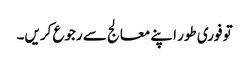
تو فوری طور اپنے معالج سے رجوع کریں۔